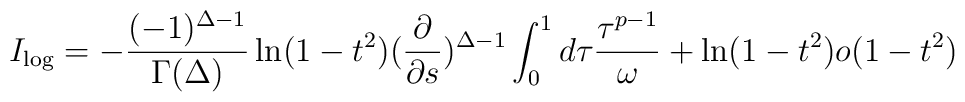
I_{\log}=-\frac{(-1)^{\Delta-1}}{\Gamma(\Delta)}\ln(1-t^{2})(\frac{\partial}{\partial s})^{\Delta-1}\int_{0}^{1}d\tau\frac{\tau^{p-1}}{\omega}+\ln(1-t^{2})o(1-t^{2})